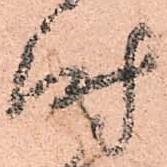
時